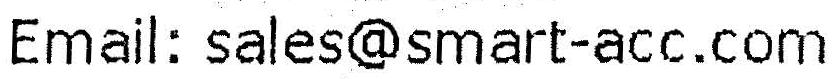
EMAIL: SALES@SMART-ACC.COM